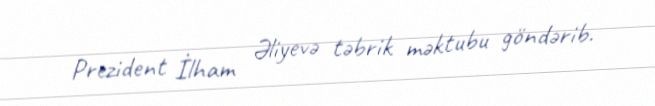
Prezident İlham Əliyevə təbrik məktubu göndərib.